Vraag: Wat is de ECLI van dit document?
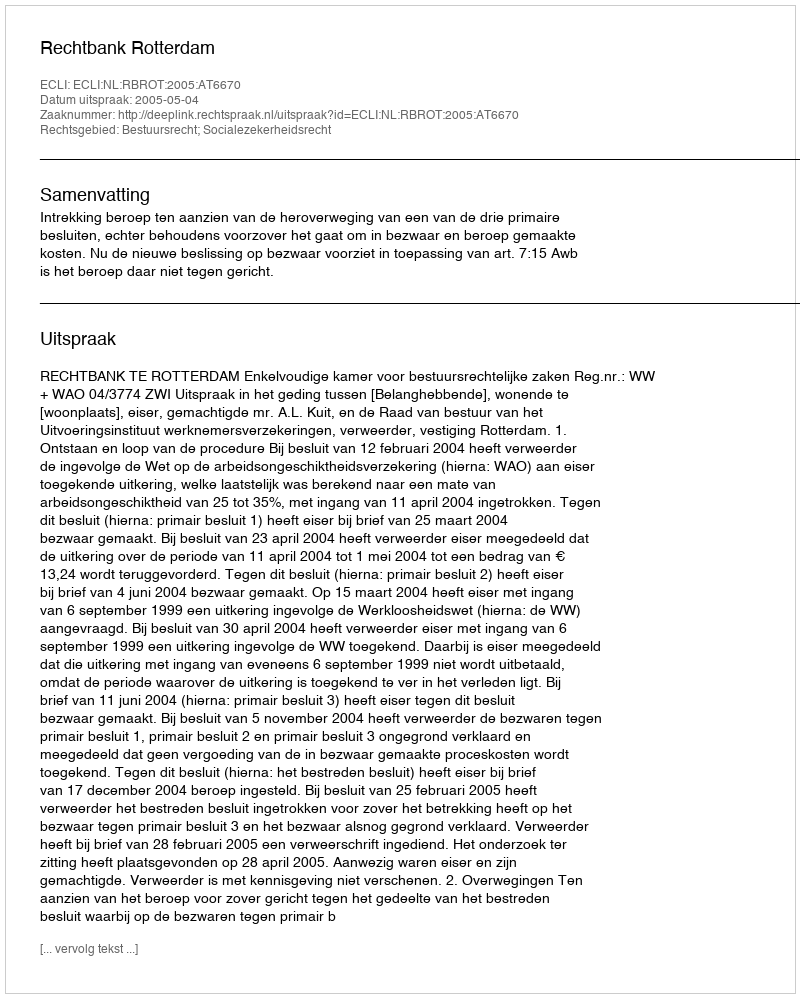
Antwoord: ECLI:NL:RBROT:2005:AT6670